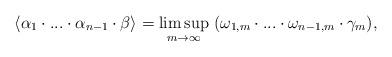
LaTeX: \begin{align*}\langle \alpha_1 \cdot...\cdot\alpha_{n-1}\cdot \beta \rangle= \limsup_{m \rightarrow \infty}\ (\omega_{1, m}\cdot...\cdot\omega_{n-1, m} \cdot \gamma_m),\end{align*}